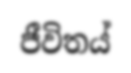
ජීවිතය්